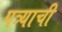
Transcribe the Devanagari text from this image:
पत्र्याची